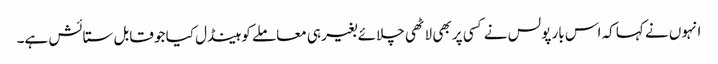
انہوں نے کہا کہ اس بار پولس نے کسی پر بھی لاٹھی چلائے بغیر ہی معاملے کو ہینڈل کیا جو قابل ستائش ہے۔